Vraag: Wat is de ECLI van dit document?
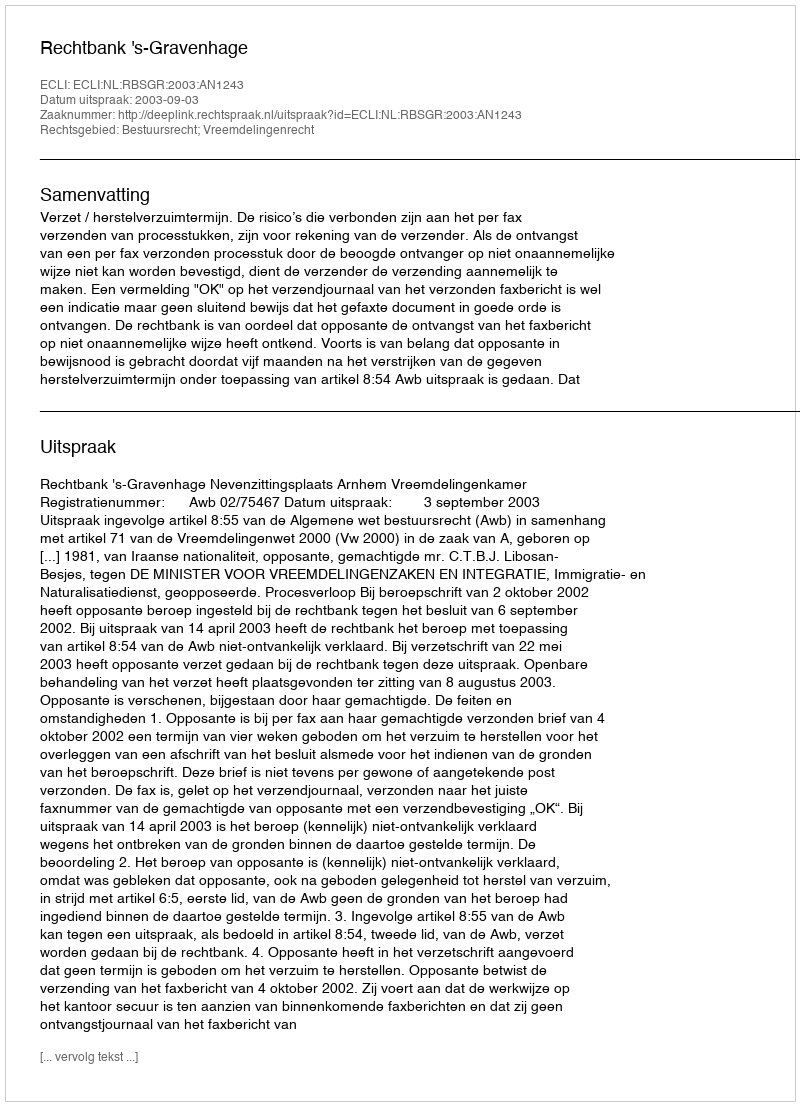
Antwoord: ECLI:NL:RBSGR:2003:AN1243